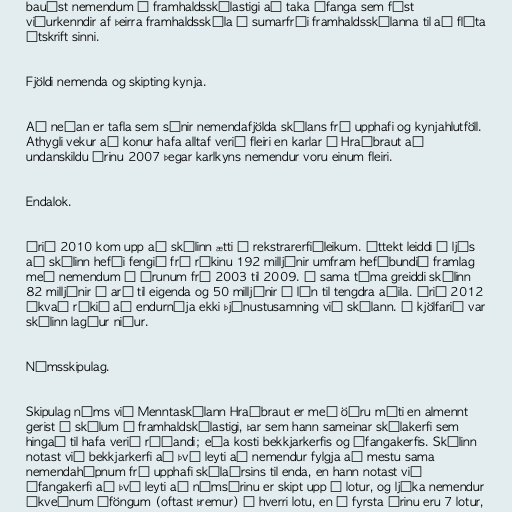
bauðst nemendum á framhaldsskólastigi að taka áfanga sem fást
viðurkenndir af þeirra framhaldsskóla í sumarfríi framhaldsskólanna til að flýta
útskrift sinni.

Fjöldi nemenda og skipting kynja.

Að neðan er tafla sem sýnir nemendafjölda skólans frá upphafi og kynjahlutföll.
Athygli vekur að konur hafa alltaf verið fleiri en karlar í Hraðbraut að
undanskildu árinu 2007 þegar karlkyns nemendur voru einum fleiri.

Endalok.

Árið 2010 kom upp að skólinn ætti í rekstrarerfiðleikum. Úttekt leiddi í ljós
að skólinn hefði fengið frá ríkinu 192 milljónir umfram hefðbundið framlag
með nemendum á árunum frá 2003 til 2009. Á sama tíma greiddi skólinn
82 milljónir í arð til eigenda og 50 milljónir í lán til tengdra aðila. Árið 2012
ákvað ríkið að endurnýja ekki þjónustusamning við skólann. Í kjölfarið var
skólinn lagður niður.

Námsskipulag.

Skipulag náms við Menntaskólann Hraðbraut er með öðru móti en almennt
gerist í skólum á framhaldskólastigi, þar sem hann sameinar skólakerfi sem
hingað til hafa verið ráðandi; eða kosti bekkjarkerfis og áfangakerfis. Skólinn
notast við bekkjarkerfi að því leyti að nemendur fylgja að mestu sama
nemendahópnum frá upphafi skólaársins til enda, en hann notast við
áfangakerfi að því leyti að námsárinu er skipt upp í lotur, og ljúka nemendur
ákveðnum áföngum (oftast þremur) í hverri lotu, en á fyrsta árinu eru 7 lotur,